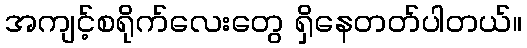
အကျင့်စရိုက်လေးတွေ ရှိနေတတ်ပါတယ်။